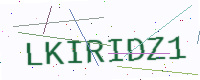
Text: LKIRIDZ1